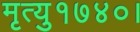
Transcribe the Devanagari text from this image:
मृत्यु१७४०।